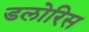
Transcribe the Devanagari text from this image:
डलोरिस